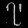
Digit: ၇